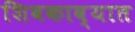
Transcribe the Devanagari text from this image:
शिवकाव्यात